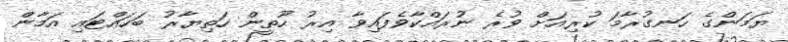
ޔަމަންގެ ހަނގުރާމަ ކުރިއަށް ވުރެ ނުރައްކާވެފައިވާ އިރު ހޫތީން ހަތިޔާރު ބަހައްޓައި އަމާން